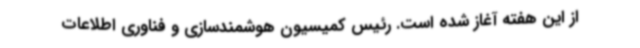
از این هفته آغاز شده است. رئیس کمیسیون هوشمندسازی و فناوری اطلاعات